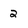
Character: 2